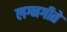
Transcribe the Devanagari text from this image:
लग्नगीते